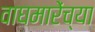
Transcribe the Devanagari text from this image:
वाघमारेंच्या